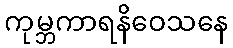
ကုမ္ဘကာရနိဝေသနေ